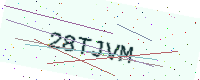
Text: 28TJVM